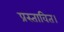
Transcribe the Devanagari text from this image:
प्रस्तावित।